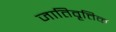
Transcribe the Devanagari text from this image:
जातिवृत्तिक